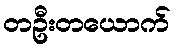
တဦးတယောက်